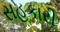
સહકારી